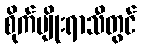
စိုက်ပျိုးရာသီတွင်